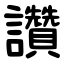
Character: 讚